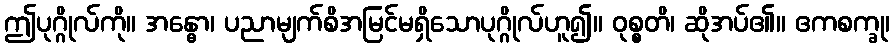
ဤပုဂ္ဂိုလ်ကို။ အန္ဓော၊ ပညာမျက်စိအမြင်မရှိသောပုဂ္ဂိုလ်ဟူ၍။ ဝုစ္စတိ၊ ဆိုအပ်၏။ ဧကစက္ခု၊